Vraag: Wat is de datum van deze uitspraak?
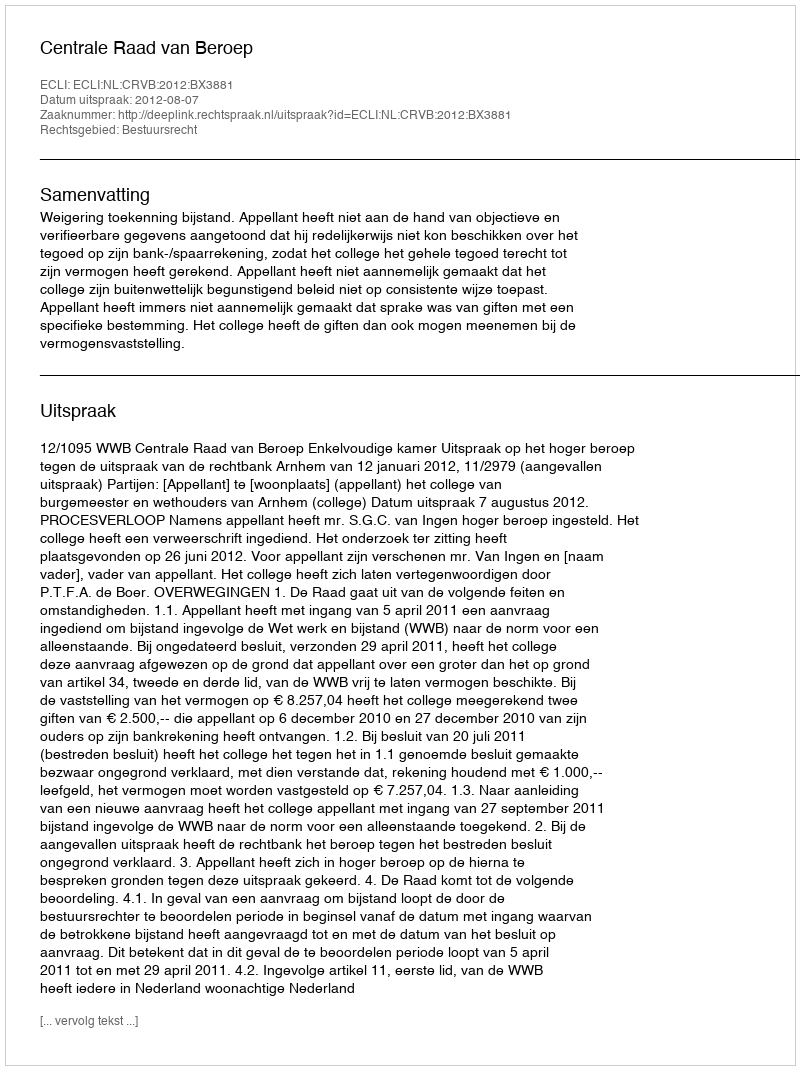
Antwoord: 2012-08-07